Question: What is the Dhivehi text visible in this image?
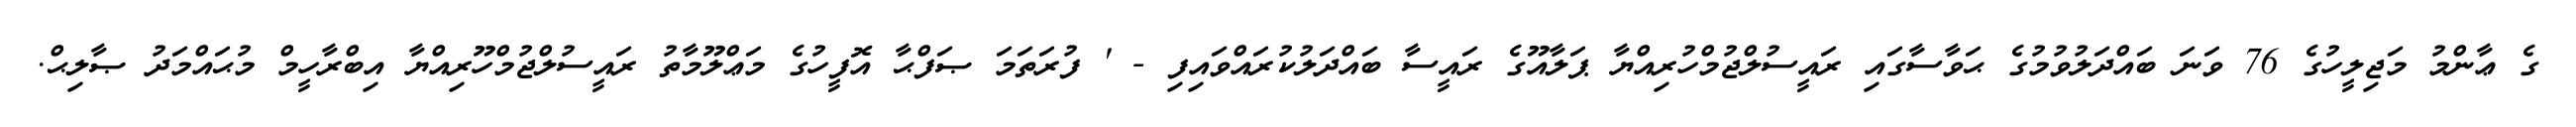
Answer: ގެ ޢާންމު މަޖިލީހުގެ 76 ވަނަ ބައްދަލުވުމުގެ ޙަވާސާގައި ރައީސުލްޖުމްހުރިއްޔާ ޕަލާއޫގެ ރައީސާ ބައްދަލުކުރައްވައިފި - ' ފުރަތަމަ ޞަފްޙާ އޮފީހުގެ މަޢްލޫމާތު ރައީސުލްޖުމްހޫރިއްޔާ އިބްރާހީމް މުޙައްމަދު ޞާލިޙް.